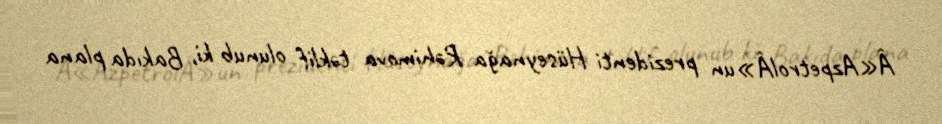
Â«AzpetrolÂ»un prezidenti Hüseynağa Rəhimova təklif olunub ki, Bakıda plana